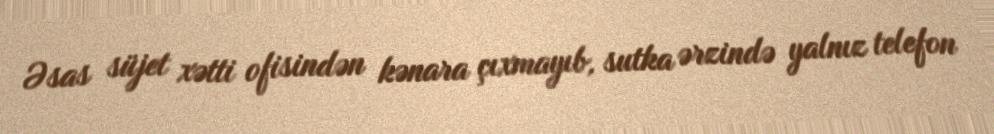
Əsas süjet xətti ofisindən kənara çıxmayıb, sutka ərzində yalnız telefon